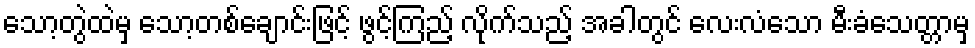
သော့တွဲထဲမှ သော့တစ်ချောင်းဖြင့် ဖွင့်ကြည့် လိုက်သည့် အခါတွင် လေးလံသော မီးခံသေတ္တာမှ